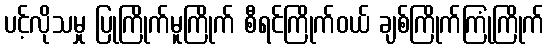
ပင့်လိုသမှု ပြုကြိုက်မူကြိုက် စီရင်ကြိုက်ဝယ် ချစ်ကြိုက်ကြုံကြိုက်